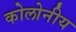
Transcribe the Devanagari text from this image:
कोलोनीय